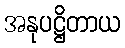
အနုပဋ္ဌိတာယ